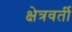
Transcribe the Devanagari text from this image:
क्षेत्रवर्ती